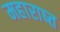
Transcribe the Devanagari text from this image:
महाराष्त